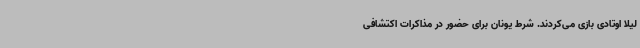
لیلا اوتادی بازی می‌کردند. شرط یونان برای حضور در مذاکرات اکتشافی